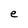
Character: e